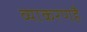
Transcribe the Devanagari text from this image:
व्याकरणहै